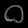
Digit: ၀